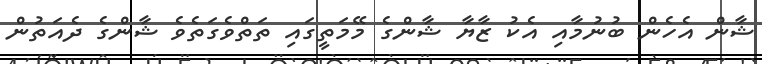
ޝާން އެހެން ބުނުމާއި އެކު ޒާޔާ ޝާންގެ މޭމަތީގައި ތަތްވެގަތެވެ ޝާންގެ ދެއަތުން